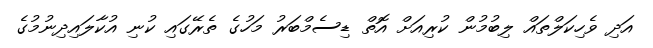
އަދި ވެހިކަލްތައް ލިބުމުން ކުރިއަށް އޮތް ޑިސެމްބަރު މަހުގެ ތެރޭގައި ކުނި އުކާލައިދިނުމުގެ